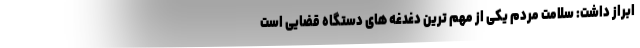
ابراز داشت: سلامت مردم یکی از مهم ترین دغدغه های دستگاه قضایی است